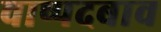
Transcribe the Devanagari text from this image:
वाष्पदबाव